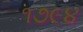
૧૭૯૪